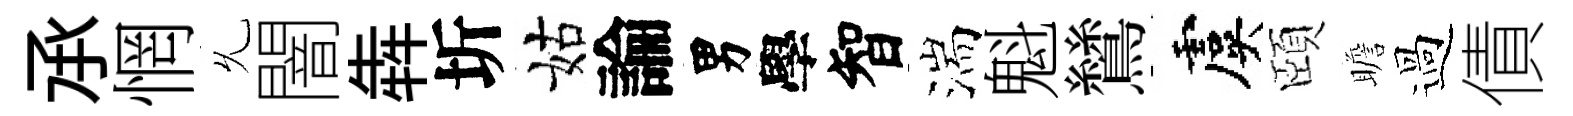
𠄘惘𠃔闇犇圻姑論男學智湍魁鷥虞頤瞻過債